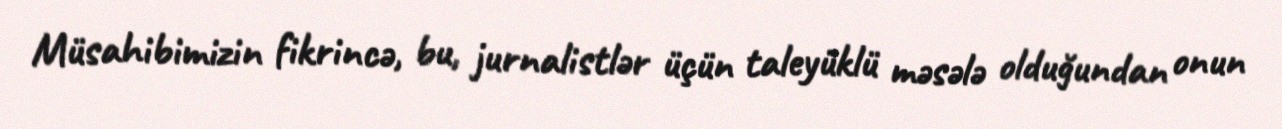
Müsahibimizin fikrincə, bu, jurnalistlər üçün taleyüklü məsələ olduğundan onun